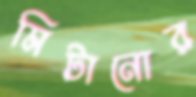
মিটানোর